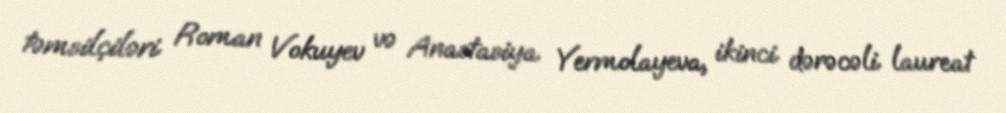
təmsilçiləri Roman Vokuyev və Anastasiya Yermolayeva, ikinci dərəcəli laureat